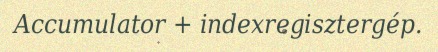
Accumulator + indexregisztergép.